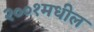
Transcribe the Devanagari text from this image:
२००१मधील